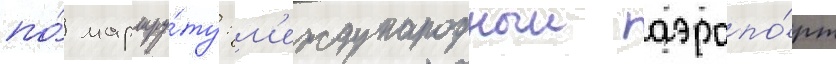
по́ маршру́ту: м'еждународныи аэропо́рт